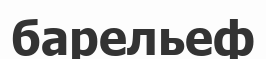
барельеф